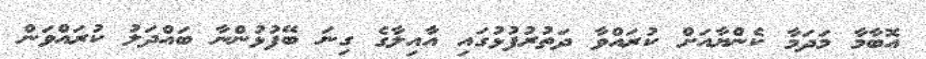
އޮބާމާ މަދަމާ ކެންޔާއަށް ކުރައްވާ ދަތުރުފުޅުގައި އާއިލާގެ ގިނަ ބޭފުޅުންނާ ބައްދަލު ކުރައްވަން